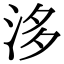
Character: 𣴙